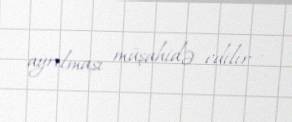
ayrılması müşahidə edilir .